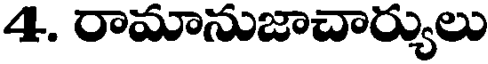
4. రామానుజాచార్యులు